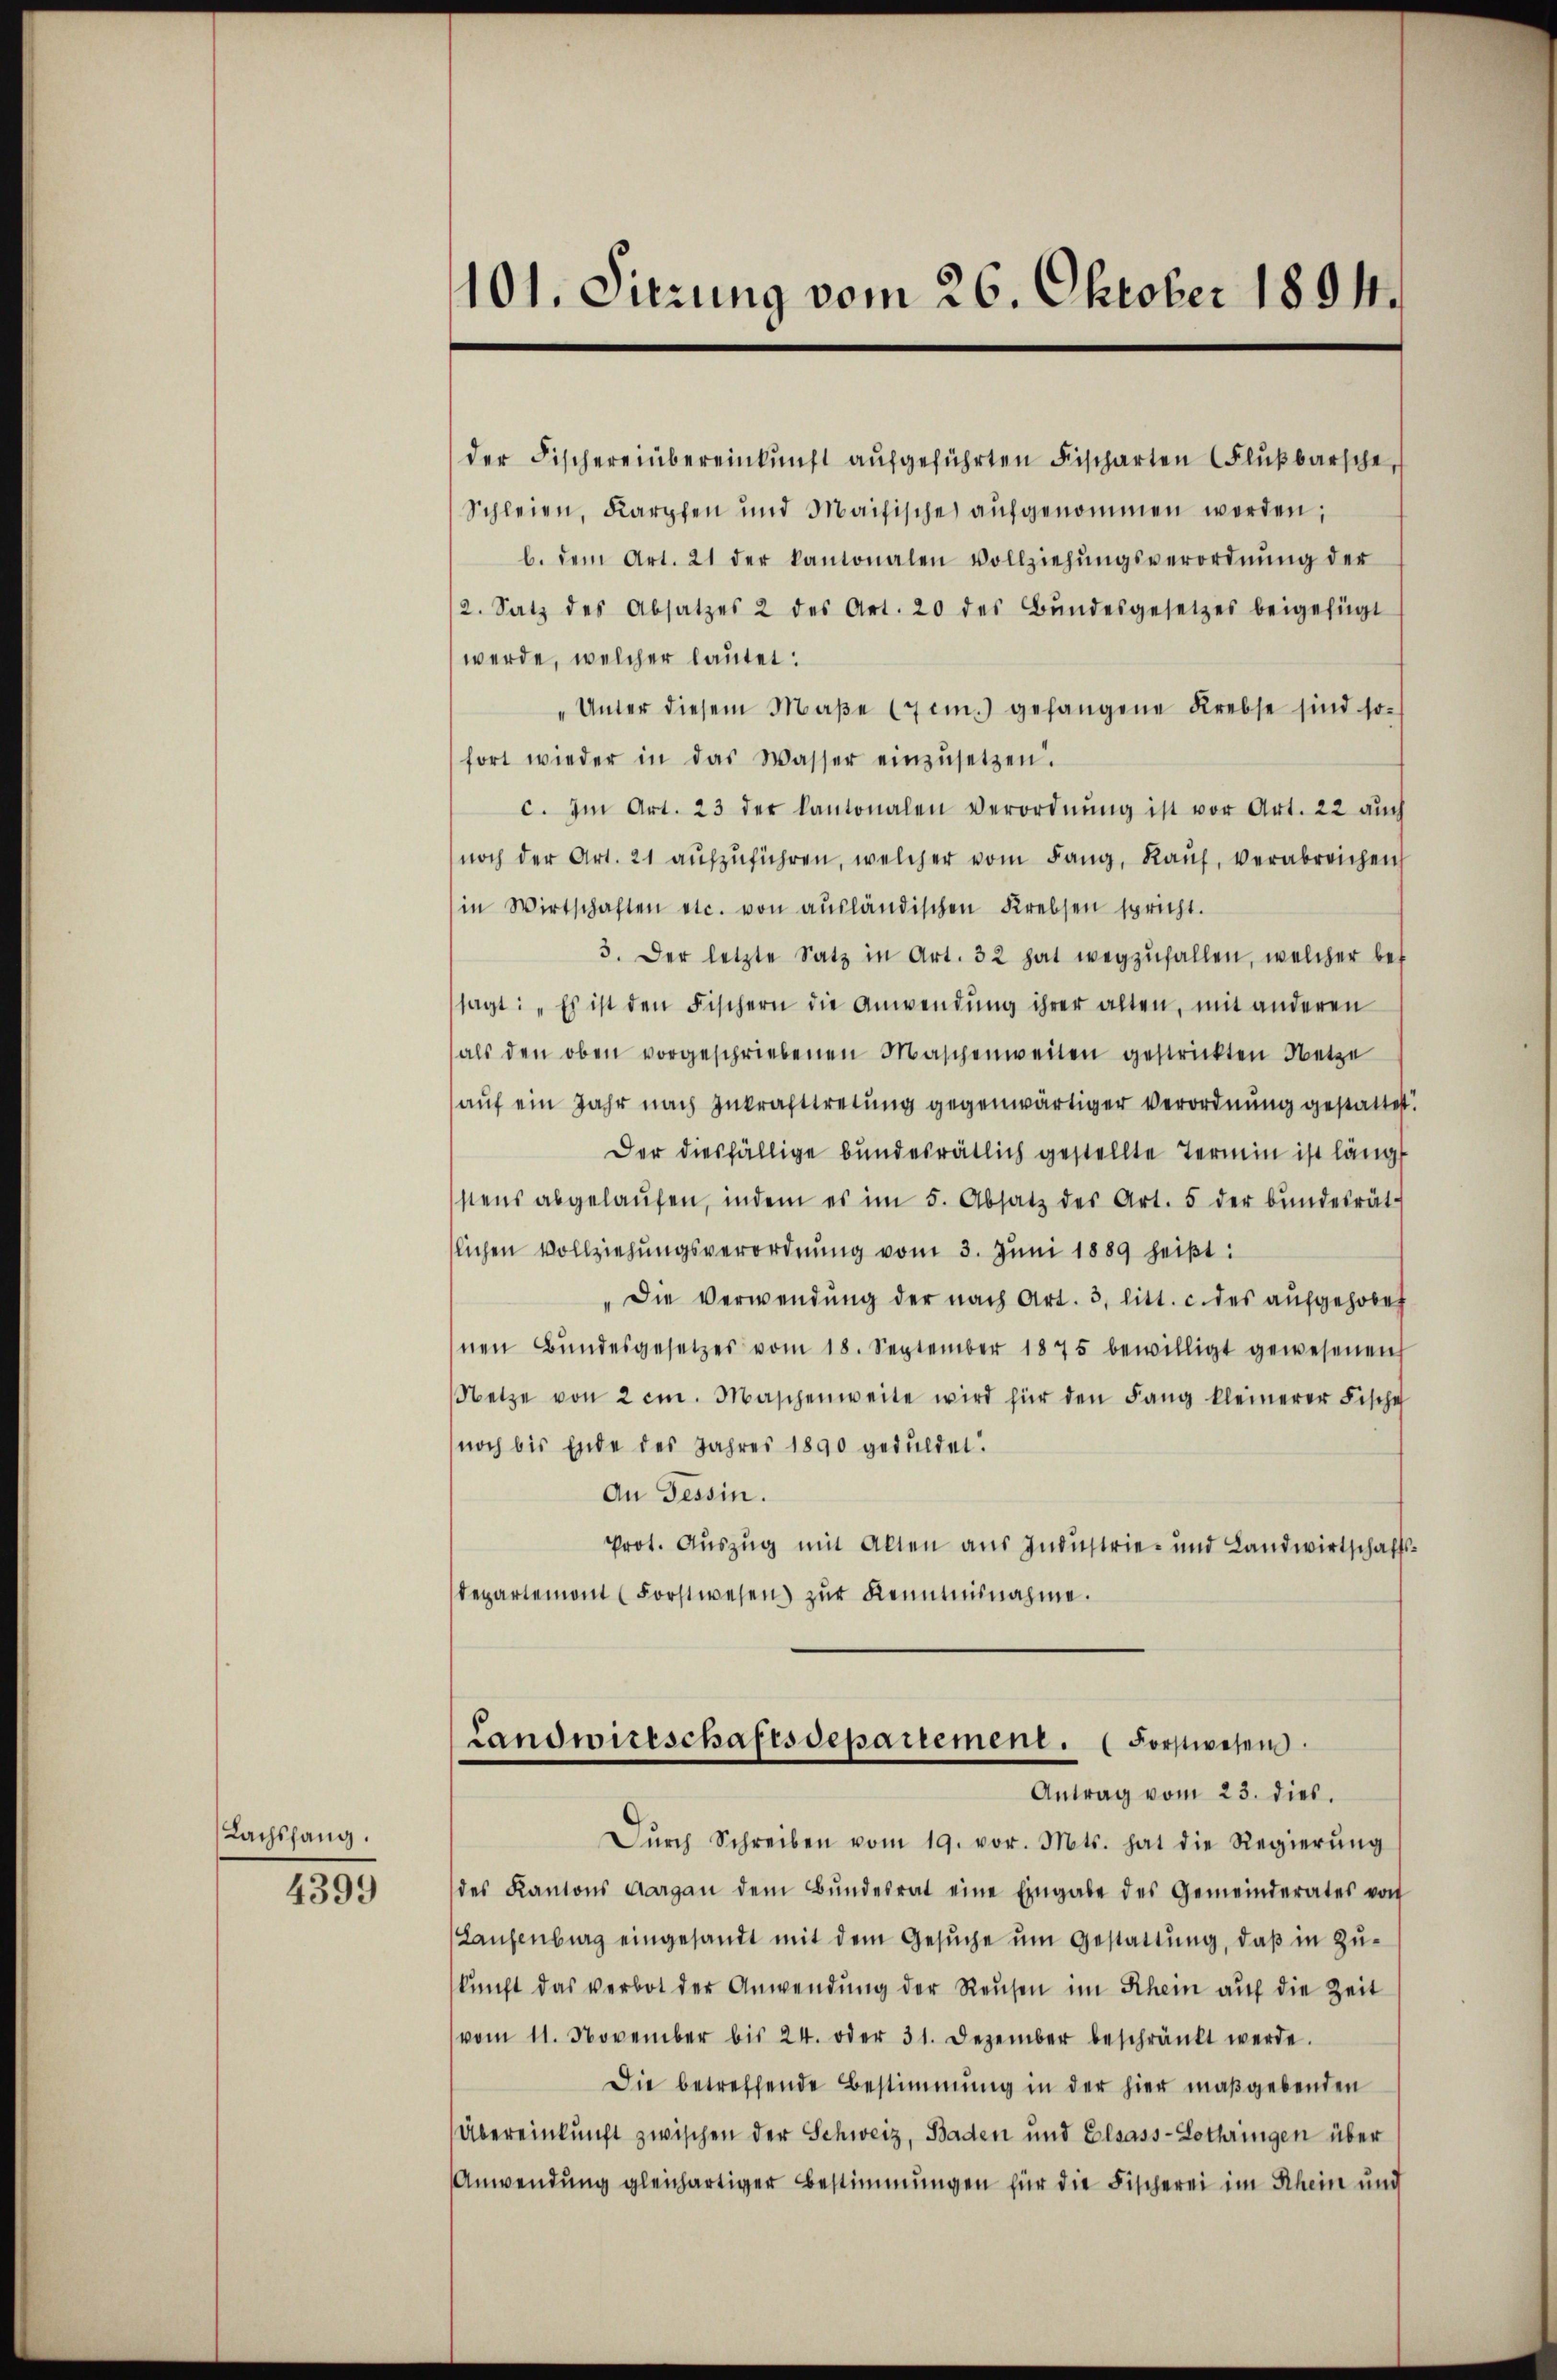
Lachsfang.

4399

101. Sitzung vom 26. Oktober 1894.

der Fischereinbereinkunft aŭfgeführten Fischarten (Flŭβbarsche,
Schleien, Karpfen und Maifische aufgenommen werden;
b. dem Art. 21 der kantonalen Vollziehŭngsverordnŭng der
2. Satz des Absatzes 2 des Art. 20 des Bŭndesgesetzes beigefügt
werde, welcher lautet:
Unter diesem Maβe (im.) gefangene Krebse sind so-
fort wieder in das Wasser einzŭsetzen.
c. Im Art. 23 der Kantonalen Verordnŭng ist vor Art. 22 aŭch
noch der Art. 21 aŭszŭführen, welcher vom Lang, Kauf, verabreichench
in Wirtschaften etc. von aŭsländischen Krebsen spricht.
3. Der letzte Satz in Art. 32 hat wegzŭfallen, welcher bef
sagt: „Es ist den Fischern die Anwendŭng ihrer alten, mit anderen
als den oben vorgeschriebenen Maschenweilen gestrickten Netze
auf ein Jahr nach Inkrafttretung gegenwärtiger Verordnung gestattet.
Der diesfällige bundesrätlich gestellte Termin ist länge
stens abgelaŭfen, indem es im 5. Absatz des Art. 5 der Bŭndesrät-
tlichen Vollziehungsverordnung vom 3. Juni 1889 heißt:
Die Verwendung der nach Art. 3, litt. c. des aufgehobet
hnen Bŭndesgesetzes vom 18. September 1875 bewilligt gewesenen
Netze von 2 cm. Maschenweite wird für den Lang kleinerer Fische
noch bis Ende des Jahres 1890 geduldet.
An Tessin.
Prot. Auszug mit Alten aus Industrie- und Landwirtschaftsdepartemont (Forstwesen zur Kenntnisnahme.
Landwirtschaftsdepartement. (Forstwesen.
Antrag vom 23. dies.
Dŭrch Schreiben vom 19. vor. Mts. hat die Regierŭng
des Kantons Aargau dem Bŭndesrat eine Eingabe des Gemeinderates von
Laufenburg eingesandt mit dem Gesŭche ŭm Gestattung, daß in Zu-
kŭnft das verbot der Anwendŭng der Reŭsen im Schein aŭf die Zeit
(vom 11. November bis 24. oder 31. Dezember beschränkt werde.
Die betreffende Bestimmung in der hier maßgebenden
Übereinkunft zwischen der Schweiz, Baden und Elsass-Lothringen über
Anwendung gleichartiger Bestimmungen für die Fischerei im Rhein und